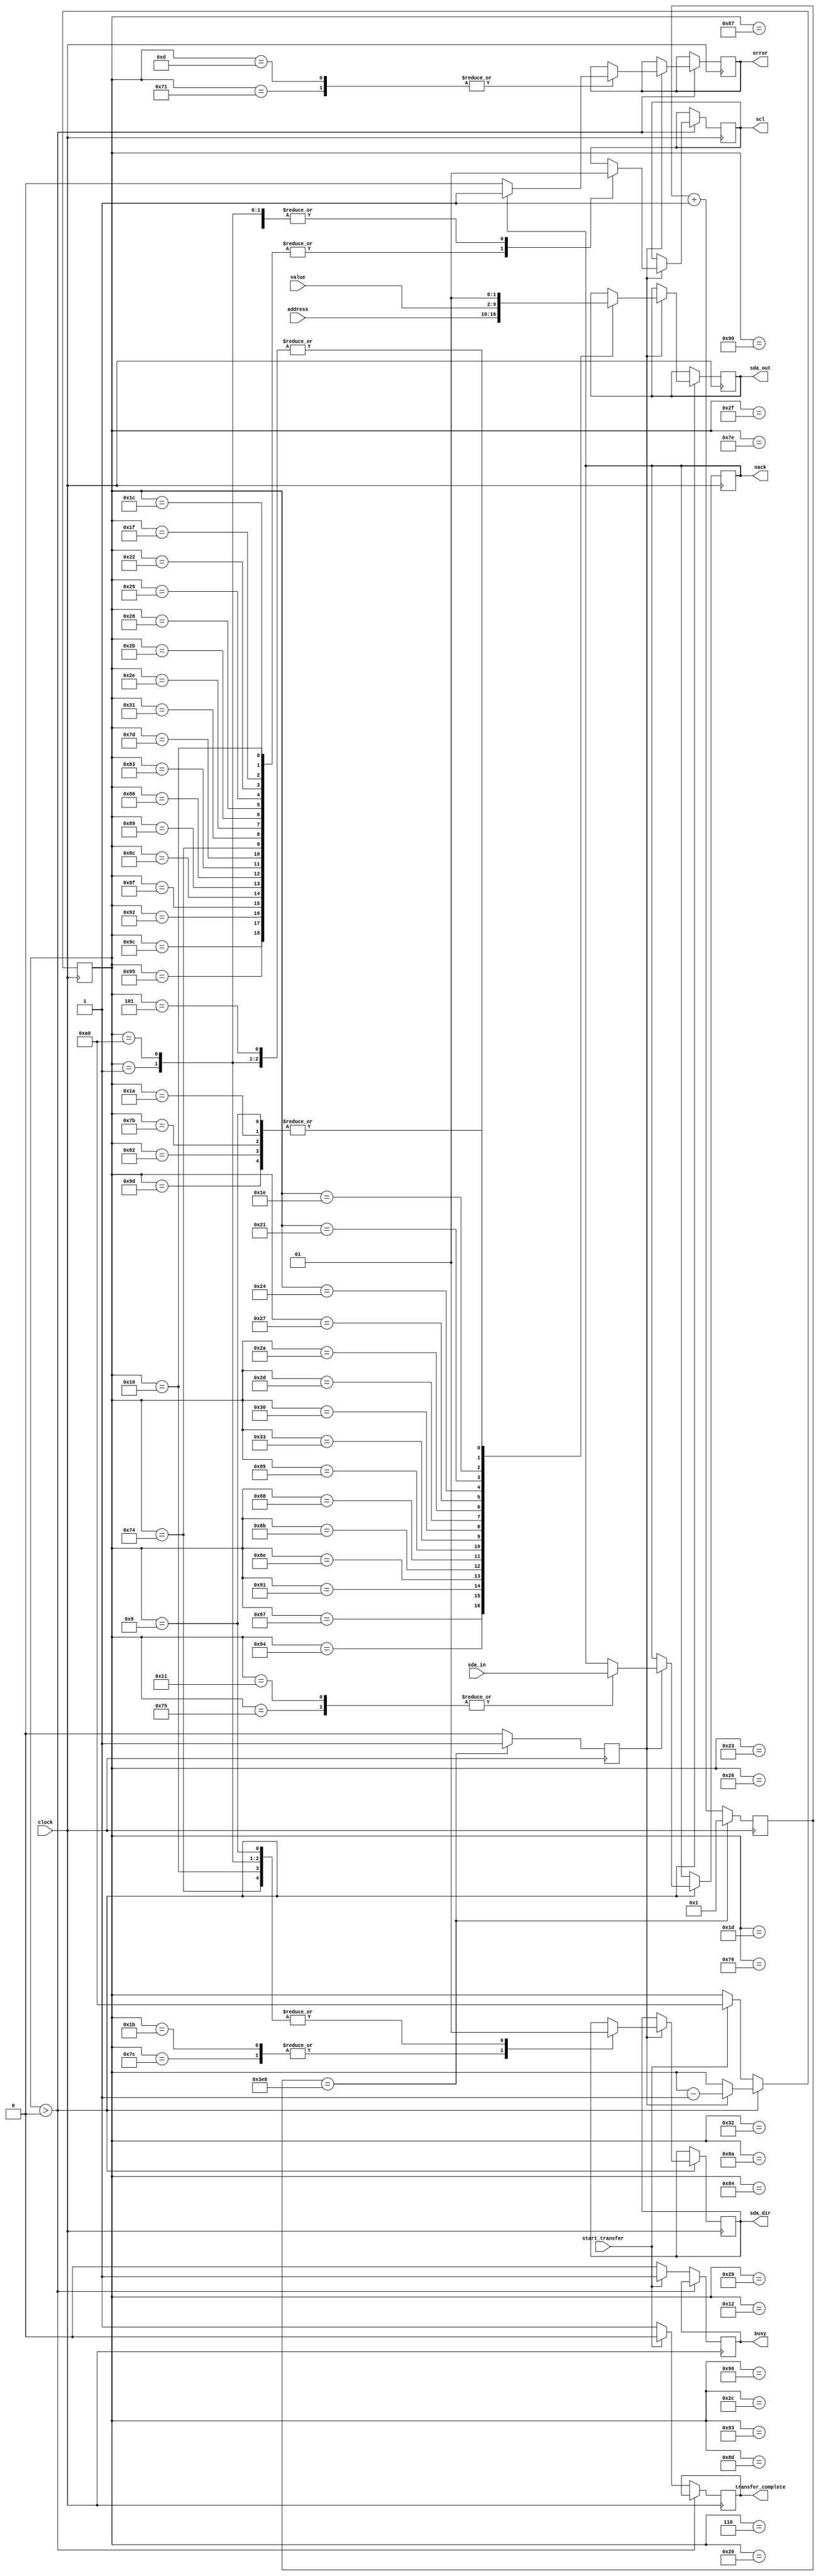
// written 2018-08-06 by mza
// based on mza-test013.i2c.v
// last updated 2024-04-26 by mza

`ifndef I2C_LIB
`define I2C_LIB

module i2c_write_value_to_address #(
	parameter CLOCK_FREQUENCY_IN_HZ = 100000000,
	parameter DESIRED_I2C_FREQUENCY_IN_HZ = 100000,
	parameter CLOCK_DIVIDE_RATIO = CLOCK_FREQUENCY_IN_HZ/DESIRED_I2C_FREQUENCY_IN_HZ, // 1000
	parameter DIVIDE_COUNTER_PICKOFF = $clog2(CLOCK_DIVIDE_RATIO) // 10
) (
	input clock,
	input [6:0] address,
	input [7:0] value,
	output reg scl = 1,
	output reg sda_out = 1,
	output reg sda_dir = 0,
	input sda_in,
	input start_transfer,
	output reg busy = 0,
	output reg nack = 0,
	output reg error = 0,
	output reg transfer_complete = 1
);
	reg i2c_strobe = 0;
	reg [7:0] bit_counter = 0;
	reg [DIVIDE_COUNTER_PICKOFF:0] divide_counter = 1;
	always @(posedge clock) begin
		i2c_strobe <= 0;
		if (divide_counter==CLOCK_DIVIDE_RATIO) begin
			divide_counter <= 1;
			i2c_strobe <= 1;
		end else begin
			divide_counter <= divide_counter + 1'b1;
		end
	end
	always @(posedge clock) begin
		if (bit_counter>0) begin
			if (i2c_strobe) begin
				case(bit_counter)
					160 : begin sda_dir <= 1; scl <= 1; sda_out <= 1; end
					// send start or repeated start
					157 : sda_out <= 0; // this 1->0 transition of sda (while scl=1) is the start condition
					156 : scl <= 0;
					// send address word
					151 : sda_out <= address[6]; // byte[7]
					150 : scl <= 1;
					149 : scl <= 0;
					148 : sda_out <= address[5]; // byte[6]
					147 : scl <= 1;
					146 : scl <= 0;
					145 : sda_out <= address[4]; // byte[5]
					144 : scl <= 1;
					143 : scl <= 0;
					142 : sda_out <= address[3]; // byte[4]
					141 : scl <= 1;
					140 : scl <= 0;
					139 : sda_out <= address[2]; // byte[3]
					138 : scl <= 1;
					137 : scl <= 0;
					136 : sda_out <= address[1]; // byte[2]
					135 : scl <= 1;
					134 : scl <= 0;
					133 : sda_out <= address[0]; // byte[1]
					132 : scl <= 1;
					131 : scl <= 0;
					// send write command
					130 : sda_out <= 0; // byte[0] = 0; write
					126 : scl <= 1;
					125 : scl <= 0;
					// get nack
					124 : sda_dir <= 0; // input
					123 : sda_out <= 0; // set neutral value for after we change sda direction again
					118 : scl <= 1;
					117 : nack <= sda_in; // nack
					116 : begin scl <= 0; sda_dir <= 1; end // drop scl and change sda direction at same time
					113 : if (nack) begin error <= 1; bit_counter <= 10; end else begin error <= 0; end
					// send value
					051 : sda_out <= value[7]; // byte[7]
					050 : scl <= 1;
					049 : scl <= 0;
					048 : sda_out <= value[6]; // byte[6]
					047 : scl <= 1;
					046 : scl <= 0;
					045 : sda_out <= value[5]; // byte[5]
					044 : scl <= 1;
					043 : scl <= 0;
					042 : sda_out <= value[4]; // byte[4]
					041 : scl <= 1;
					040 : scl <= 0;
					039 : sda_out <= value[3]; // byte[3]
					038 : scl <= 1;
					037 : scl <= 0;
					036 : sda_out <= value[2]; // byte[2]
					035 : scl <= 1;
					034 : scl <= 0;
					033 : sda_out <= value[1]; // byte[1]
					032 : scl <= 1;
					031 : scl <= 0;
					030 : sda_out <= value[0]; // byte[0]
					029 : scl <= 1;
					028 : scl <= 0;
					// get nack
					027 : sda_dir <= 0; // input
					026 : sda_out <= 0; // set neutral value for after we change sda direction again
					018 : scl <= 1;
					017 : nack <= sda_in; // nack
					016 : begin scl <= 0; sda_dir <= 1; end // drop scl and change sda direction at same time
					013 : if (nack) begin error <= 1; bit_counter <= 10; end else begin error <= 0; end
					// send stop
					009 : begin sda_out <= 0; sda_dir <= 1; end // output
					006 : scl <= 1;
					005 : sda_out <= 1; // this 0->1 transition of sda (while scl=1) is the stop condition
					001 : begin sda_dir <= 1; scl <= 1; sda_out <= 1; end
					default : ;
				endcase
				bit_counter <= bit_counter - 1'b1;
			end
		end else begin
			if (start_transfer) begin
				bit_counter <= 160;
				busy <= 1;
				transfer_complete <= 0;
			end else begin
				busy <= 0;
				transfer_complete <= 1;
			end
		end
	end
endmodule

module i2c_write_value_to_address_tb;
	reg clock = 0;
	reg [6:0] address = 7'h01; // { 3pins=3'b000, SRCregister=4'd1 }
	wire scl, sda_out, sda_dir, busy, nack, error;
	reg sda_in = 1;
	reg start_transfer = 0;
	wire transfer_complete;
	reg [7:0] value = 0;
	i2c_write_value_to_address #(.CLOCK_DIVIDE_RATIO(4)) thing (.clock(clock), .address(address), .value(value), .scl(scl), .sda_out(sda_out), .sda_dir(sda_dir), .busy(busy), .nack(nack), .error(error), .sda_in(sda_in), .start_transfer(start_transfer), .transfer_complete(transfer_complete));
	initial begin
		#100;
		sda_in <= 1;
		start_transfer <= 1; #4; start_transfer <= 0;
		#2000;
		sda_in <= 0;
		start_transfer <= 1; #4; start_transfer <= 0;
		#2000;
		sda_in <= 0;
		value = 8'ha5;
		start_transfer <= 1; #4; start_transfer <= 0;
		#4000;
		$finish;
	end
	always begin
		clock <= ~clock;
		#2;
	end
endmodule

//i2c_poll_address_for_nack #(.CLOCK_FREQUENCY_IN_HZ(250000000), .DESIRED_I2C_FREQUENCY_IN_HZ(100000)) thing (.clock(clock), .address(address), .scl(scl), .sda_out(sda_out), .sda_dir(sda_dir), .busy(busy), .nack(nack), .error(error), .sda_in(sda_in), .start_transfer(start_transfer), .transfer_complete(transfer_complete));
module i2c_poll_address_for_nack #(
	parameter CLOCK_FREQUENCY_IN_HZ = 100000000,
	parameter DESIRED_I2C_FREQUENCY_IN_HZ = 100000,
	parameter CLOCK_DIVIDE_RATIO = CLOCK_FREQUENCY_IN_HZ/DESIRED_I2C_FREQUENCY_IN_HZ, // 1000
	parameter DIVIDE_COUNTER_PICKOFF = $clog2(CLOCK_DIVIDE_RATIO) // 10
) (
	input clock,
	input [6:0] address,
	output reg scl = 0,
	output reg sda_out = 0,
	output reg sda_dir = 0,
	input sda_in,
	input start_transfer,
	output reg busy = 0,
	output reg nack = 0,
	output reg error = 0,
	output reg transfer_complete = 0
);
	reg i2c_strobe = 0;
	reg [5:0] bit_counter = 0;
	reg [DIVIDE_COUNTER_PICKOFF:0] divide_counter = 1;
	always @(posedge clock) begin
		i2c_strobe <= 0;
		if (divide_counter==CLOCK_DIVIDE_RATIO) begin
			divide_counter <= 1;
			i2c_strobe <= 1;
		end else begin
			divide_counter <= divide_counter + 1'b1;
		end
	end
	always @(posedge clock) begin
		if (bit_counter>0) begin
			if (i2c_strobe) begin
				case(bit_counter)
					060 : begin
						sda_dir <= 1;
						scl <= 1;
						sda_out <= 1;
					end
					// send start or repeated start
					057 : sda_out <= 0; // start condition
					056 : scl <= 0;
					// send address word
					051 : sda_out <= address[6]; // byte[7]
					050 : scl <= 1;
					049 : scl <= 0;
					048 : sda_out <= address[5]; // byte[6]
					047 : scl <= 1;
					046 : scl <= 0;
					045 : sda_out <= address[4]; // byte[5]
					044 : scl <= 1;
					043 : scl <= 0;
					042 : sda_out <= address[3]; // byte[4]
					041 : scl <= 1;
					040 : scl <= 0;
					039 : sda_out <= address[2]; // byte[3]
					038 : scl <= 1;
					037 : scl <= 0;
					036 : sda_out <= address[1]; // byte[2]
					035 : scl <= 1;
					034 : scl <= 0;
					033 : sda_out <= address[0]; // byte[1]
					032 : scl <= 1;
					031 : scl <= 0;
					// send write command
					030 : sda_out <= 0; // byte[0] = 0; write
					026 : scl <= 1;
					025 : scl <= 0;
					// get nack
					020 : sda_dir <= 0; // input
					018 : scl <= 1;
					017 : nack <= sda_in; // nack
					016 : scl <= 0;
					014 : sda_dir <= 1; // output
					013 : if (nack) begin error <= 1; bit_counter <= 10; end else begin error <= 0; end
					// send stop
					009 : sda_dir <= 1; // output
					008 : sda_out <= 1;
					007 : sda_out <= 0;
					006 : scl <= 1;
					005 : sda_out <= 1;
					001 : begin
						sda_dir <= 1;
						scl <= 1;
						sda_out <= 1;
					end
					default : ;
				endcase
				bit_counter <= bit_counter - 1'b1;
			end
		end else begin
			if (start_transfer) begin
				bit_counter <= 60;
				busy <= 1;
				transfer_complete <= 0;
			end else begin
				busy <= 0;
				transfer_complete <= 1;
			end
		end
	end
endmodule

module i2c_poll_address_for_nack_tb;
	reg clock = 0;
	reg [6:0] address = 7'h01; // { 3pins=3'b000, SRCregister=4'd1 }
	wire scl, sda_out, sda_dir, busy, nack, error;
	reg sda_in = 1;
	reg start_transfer = 0;
	wire transfer_complete;
	i2c_poll_address_for_nack #(.CLOCK_DIVIDE_RATIO(4)) thing (.clock(clock), .address(address), .scl(scl), .sda_out(sda_out), .sda_dir(sda_dir), .busy(busy), .nack(nack), .error(error), .sda_in(sda_in), .start_transfer(start_transfer), .transfer_complete(transfer_complete));
	initial begin
		#100;
		sda_in <= 1;
		start_transfer <= 1; #4; start_transfer <= 0;
		#2000;
		sda_in <= 0;
		start_transfer <= 1; #4; start_transfer <= 0;
		#2000;
		$finish;
	end
	always begin
		clock <= ~clock;
		#2;
	end
endmodule

//module i2c_send_single_byte #(parameter number_of_bytes=1, ) (input [6:0] address);
//input read_not_write, 
module i2c_send_one_byte_and_read_one_plus_four_bytes_back (
	input clock,
	input [6:0] address,
	output reg scl = 0,
	output reg sda_out = 0,
	output reg sda_dir = 0,
	input sda_in,
	input start_transfer,
	output reg busy = 0,
	output reg ack = 0,
	output reg error = 0,
	output reg [7:0] byte_a = 0,
	output reg [7:0] byte_b = 0,
	output reg [7:0] byte_c = 0,
	output reg [7:0] byte_d = 0
);
	reg [8:0] bit_counter = 0;
	reg [7:0] byte [3:0];
	reg [7:0] data = 0;
	always @(posedge clock) begin
		if (bit_counter>0) begin
			case(bit_counter)
				300 : begin
					sda_dir <= 1;
					scl <= 1;
					sda_out <= 1;
				end

				// send start or repeated start
				289 : sda_out <= 1;
				288 : scl <= 1;
				287 : sda_out <= 0; // start condition
				286 : scl <= 0;

				// send address word
				278 : sda_out <= address[6]; // byte[7]
				277 : scl <= 1;
				276 : scl <= 0;
				275 : sda_out <= address[5]; // byte[6]
				274 : scl <= 1;
				273 : scl <= 0;
				272 : sda_out <= address[4]; // byte[5]
				271 : scl <= 1;
				270 : scl <= 0;
				269 : sda_out <= address[3]; // byte[4]
				268 : scl <= 1;
				267 : scl <= 0;
				266 : sda_out <= address[2]; // byte[3]
				265 : scl <= 1;
				264 : scl <= 0;
				263 : sda_out <= address[1]; // byte[2]
				262 : scl <= 1;
				261 : scl <= 0;
				260 : sda_out <= address[0]; // byte[1]
				259 : scl <= 1;
				258 : scl <= 0;
				257 : sda_out <= 0; // byte[0] = 0; write
				256 : scl <= 1;
				255 : scl <= 0;

				// get ack
				249 : sda_dir <= 0; // input
				248 : scl <= 1;
				247 : ack <= sda_in; // ack
				246 : scl <= 0;
				245 : sda_dir <= 1; // output
				244 : if (ack==1) begin bit_counter <= 10; error <= 1; end else begin error <= 0; end

				// send stop
				230 : sda_out <= 1;
				239 : sda_out <= 0;
				238 : scl <= 1;
				237 : sda_out <= 1;

				// send start or repeated start
				229 : sda_out <= 1;
				228 : scl <= 1;
				227 : sda_out <= 0; // start condition
				226 : scl <= 0;

				// send address word
				219 : sda_out <= address[6]; // byte[7]
				218 : scl <= 1;
				217 : scl <= 0;
				216 : sda_out <= address[5]; // byte[6]
				215 : scl <= 1;
				214 : scl <= 0;
				213 : sda_out <= address[4]; // byte[5]
				212 : scl <= 1;
				211 : scl <= 0;
				210 : sda_out <= address[3]; // byte[4]
				209 : scl <= 1;
				208 : scl <= 0;
				207 : sda_out <= address[2]; // byte[3]
				206 : scl <= 1;
				205 : scl <= 0;
				204 : sda_out <= address[1]; // byte[2]
				203 : scl <= 1;
				202 : scl <= 0;
				201 : sda_out <= address[0]; // byte[1]
				200 : scl <= 1;
				199 : scl <= 0;
				198 : sda_out <= 1; // byte[0] = 1; read
				197 : scl <= 1;
				196 : scl <= 0;

				// get ack
				189 : sda_dir <= 0; // input
				188 : scl <= 1;
				187 : ack <= sda_in; // ack
				186 : scl <= 0;
				185 : sda_dir <= 1; // output
				184 : if (ack==1) begin bit_counter <= 10; error <= 1; end else begin error <= 0; end

				179 : sda_out <= 1;
				178 : sda_out <= 0;

				// get data word
				169 : sda_dir <= 0; // input
				168 : scl <= 1;
				167 : data[7] <= sda_in;
				166 : scl <= 0;
				165 : scl <= 1;
				164 : data[6] <= sda_in;
				163 : scl <= 0;
				162 : scl <= 1;
				161 : data[5] <= sda_in;
				160 : scl <= 0;
				159 : scl <= 1;
				158 : data[4] <= sda_in;
				157 : scl <= 0;
				156 : scl <= 1;
				155 : data[3] <= sda_in;
				154 : scl <= 0;
				153 : scl <= 1;
				152 : data[2] <= sda_in;
				151 : scl <= 0;
				150 : scl <= 1;
				149 : data[1] <= sda_in;
				148 : scl <= 0;
				147 : scl <= 1;
				146 : data[0] <= sda_in;
				145 : scl <= 0;
				// end of data word
				144 : byte_a <= data;

				// send ack
				139 : sda_dir <= 1; // output
				138 : sda_out <= 0; // ack
				137 : scl <= 1;
				136 : scl <= 0;

				// get data word
				129 : sda_dir <= 0; // input
				128 : scl <= 1;
				127 : data[7] <= sda_in;
				126 : scl <= 0;
				125 : scl <= 1;
				124 : data[6] <= sda_in;
				123 : scl <= 0;
				122 : scl <= 1;
				121 : data[5] <= sda_in;
				120 : scl <= 0;
				119 : scl <= 1;
				118 : data[4] <= sda_in;
				117 : scl <= 0;
				116 : scl <= 1;
				115 : data[3] <= sda_in;
				114 : scl <= 0;
				113 : scl <= 1;
				112 : data[2] <= sda_in;
				111 : scl <= 0;
				110 : scl <= 1;
				109 : data[1] <= sda_in;
				108 : scl <= 0;
				107 : scl <= 1;
				106 : data[0] <= sda_in;
				105 : scl <= 0;
				// end of data word
				104 : byte_b <= data;

				// send ack
				099 : sda_dir <= 1; // output
				098 : sda_out <= 0; // ack
				097 : scl <= 1;
				096 : scl <= 0;

				// get data word
				089 : sda_dir <= 0; // input
				088 : scl <= 1;
				087 : data[7] <= sda_in;
				086 : scl <= 0;
				085 : scl <= 1;
				084 : data[6] <= sda_in;
				083 : scl <= 0;
				082 : scl <= 1;
				081 : data[5] <= sda_in;
				080 : scl <= 0;
				079 : scl <= 1;
				078 : data[4] <= sda_in;
				077 : scl <= 0;
				076 : scl <= 1;
				075 : data[3] <= sda_in;
				074 : scl <= 0;
				073 : scl <= 1;
				072 : data[2] <= sda_in;
				071 : scl <= 0;
				070 : scl <= 1;
				069 : data[1] <= sda_in;
				068 : scl <= 0;
				067 : scl <= 1;
				066 : data[0] <= sda_in;
				065 : scl <= 0;
				// end of data word
				064 : byte_c <= data;

				// send ack
				059 : sda_dir <= 1; // output
				058 : sda_out <= 0; // ack
				057 : scl <= 1;
				056 : scl <= 0;

				// get data word
				049 : sda_dir <= 0; // input
				048 : scl <= 1;
				047 : data[7] <= sda_in;
				046 : scl <= 0;
				045 : scl <= 1;
				044 : data[6] <= sda_in;
				043 : scl <= 0;
				042 : scl <= 1;
				041 : data[5] <= sda_in;
				040 : scl <= 0;
				039 : scl <= 1;
				038 : data[4] <= sda_in;
				037 : scl <= 0;
				036 : scl <= 1;
				035 : data[3] <= sda_in;
				034 : scl <= 0;
				033 : scl <= 1;
				032 : data[2] <= sda_in;
				031 : scl <= 0;
				030 : scl <= 1;
				029 : data[1] <= sda_in;
				028 : scl <= 0;
				027 : scl <= 1;
				026 : data[0] <= sda_in;
				025 : scl <= 0;
				// end of data word
				024 : byte_d <= data;

				// send ack
				019 : sda_dir <= 1; // output
				018 : sda_out <= 1; // nack
				017 : scl <= 1;
				016 : scl <= 0;

				// send stop
				009 : sda_dir <= 1; // output
				008 : sda_out <= 1;
				007 : sda_out <= 0;
				006 : scl <= 1;
				005 : sda_out <= 1;

				001 : begin
					sda_dir <= 1;
					scl <= 1;
					sda_out <= 1;
				end
				default : ;
			endcase
			bit_counter <= bit_counter - 1'b1;
		end else begin
			busy <= 0;
			if (start_transfer==1) begin
				bit_counter <= 300;
				busy <= 1;
			end
		end
	end
endmodule

`endif